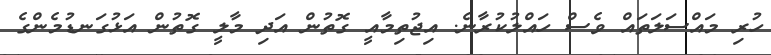
ހުރި މައްސަލަތައް ވެސް ހައްލުކުރާނެ. އިޖުތިމާއީ ގޮތުން އަދި މާލީ ގޮތުން އަޅުގަނޑުމެންގެ